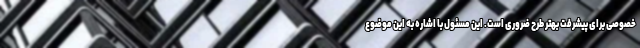
خصوصی برای پیشرفت بهتر طرح ضروری است. این مسئول با اشاره به این موضوع